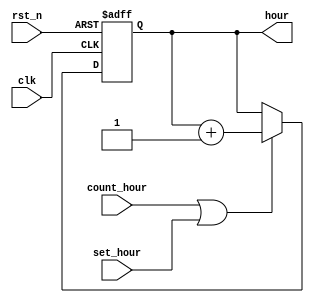
module count_hour 
(
		clk
	 ,rst_n
	 ,count_hour
	 ,set_hour
	 ,hour
);

  input            clk       ;
  input            rst_n     ;
  input            count_hour;
	input            set_hour  ;
  output reg [4:0] hour      ;

  always @(posedge clk or negedge rst_n) begin
		if(~rst_n) begin
			hour <= 5'd0;
		end
		else if(count_hour || set_hour) begin
			hour <= hour + 5'd1;
		end
		else begin
			hour <= hour;
		end
	end
endmodule